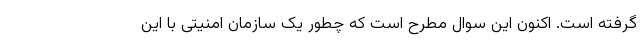
گرفته است. اکنون این سوال مطرح است که چطور یک سازمان امنیتی با این